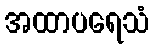
အထာပရေသံ